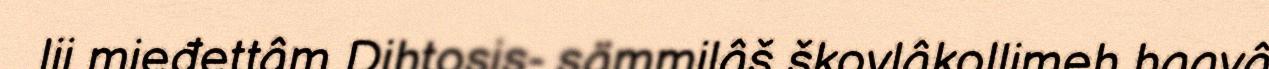
lii mieđettâm Dihtosis- sämmilâš škovlâkollimeh haavâ